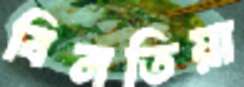
বিনতিয়া